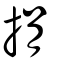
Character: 捐